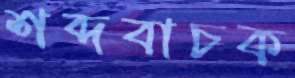
শব্দবাচক